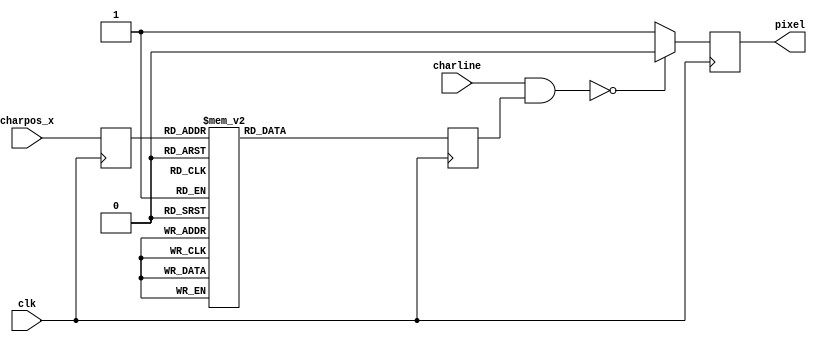
module Serializer (
	input [7:0] charline,
	input [2:0] charpos_x,
	input clk,
	output reg pixel
);

reg [7:0] mask;
reg [2:0] addr_r;

always @(posedge clk) begin
  addr_r <= charpos_x;
  case (addr_r)
		3'h0:mask <=8'b10000000;        
		3'h1:mask <=8'b01000000;        
		3'h2:mask <=8'b00100000;        
		3'h3:mask <=8'b00010000;        
		3'h4:mask <=8'b00001000;        
		3'h5:mask <=8'b00000100;        
		3'h6:mask <=8'b00000010;        
		3'h7:mask <=8'b00000001; 
	default : mask <= 0;
  endcase
  
  if ((charline & mask) == 8'b00000000) pixel <= 1'b0;
  else pixel <= 1'b1;
  
end
endmodule